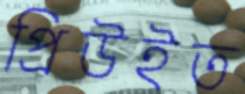
প্রিউইত